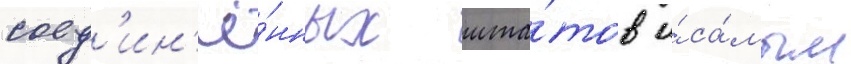
соед'ин'ё́нных шта́тов и́ са́мым